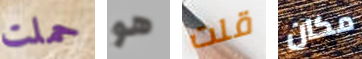
حملت هو قلت مكان